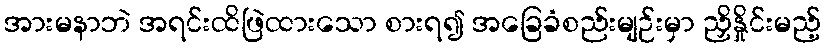
အားမနာဘဲ အရင်းထိဖြဲထားသော စားရ၍ အခြေခံစည်းမျဉ်းမှာ ညှိနှိုင်းမည့်